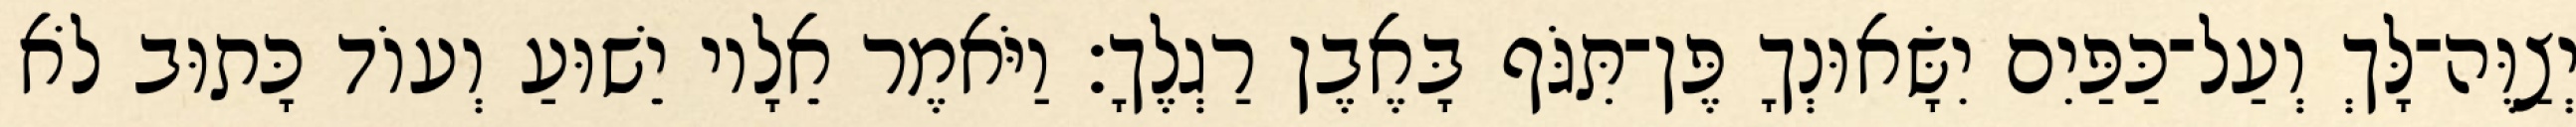
יְצַוֶּה־לָּךְ וְעַל־כַּפַּיִם יִשָּׂאוּנְךָ פֶּן־תִּגֹּף בָּאֶבֶן רַגְלֶךָ׃ וַיֹּאמֶר אֵלָיו יֵשׁוּעַ וְעוֹד כָּתוּב לֹא